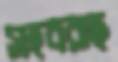
সহবরাহ